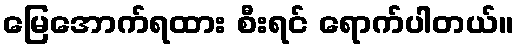
မြေအောက်ရထား စီးရင် ရောက်ပါတယ်။